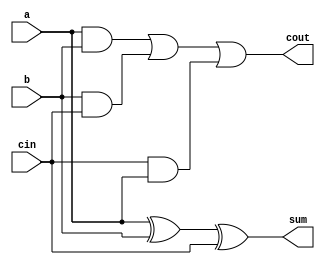
`timescale 1ns / 1ps
//////////////////////////////////////////////////////////////////////////////////
// Company: 
// Engineer: 
// 
// Design Name: 
// Module Name:    full_adder 
// Project Name: 
// Target Devices: 
// Tool versions: 
// Description: 
//
// Dependencies: 
//
// Revision: 
// Revision 0.01 - File Created
// Additional Comments: 
//
//////////////////////////////////////////////////////////////////////////////////
module full_adder(a, b, cin, sum, cout
);
input a;
input b;
input cin;
output sum;
wire sum;
output cout;
wire cout;
assign sum = a^b^cin;
assign cout = (a & b) | (b & cin) | (cin & a);
endmodule